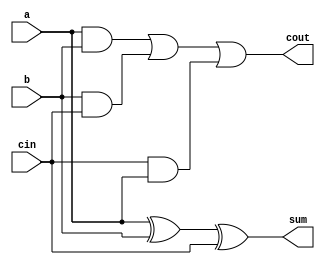
`timescale 1ns / 1ps
//////////////////////////////////////////////////////////////////////////////////
// Company: 
// Engineer: 
// 
// Design Name: 
// Module Name:    full_adder 
// Project Name: 
// Target Devices: 
// Tool versions: 
// Description: 
//
// Dependencies: 
//
// Revision: 
// Revision 0.01 - File Created
// Additional Comments: 
//
//////////////////////////////////////////////////////////////////////////////////
module full_adder(a, b, cin, sum, cout
);
input a;
input b;
input cin;
output sum;
wire sum;
output cout;
wire cout;
assign sum = a^b^cin;
assign cout = (a & b) | (b & cin) | (cin & a);
endmodule